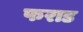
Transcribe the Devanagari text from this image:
फराड